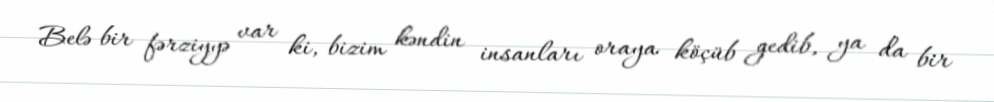
Belə bir fərziyyə var ki, bizim kəndin insanları oraya köçüb gedib, ya da bir